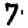
Digit: 7